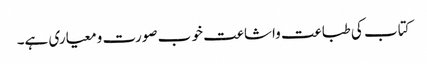
کتاب کی طباعت واشاعت خو ب صورت ومعیاری ہے۔